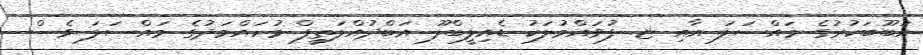
އަބޫބަކުރުގެ މައްސަލަ އާއި ޏ. ފުވައްމުލަކު ޑެއިލީބްލޫ އަބްދުއްލަތީފް މުހައްމަދުގެ މައްސަލަ ވެސް